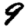
Digit: 9